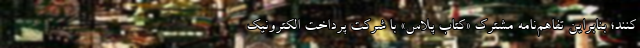
کنند؛ بنابراین تفاهم‌نامه مشترک «کتاب پلاس» با شرکت پرداخت الکترونیک